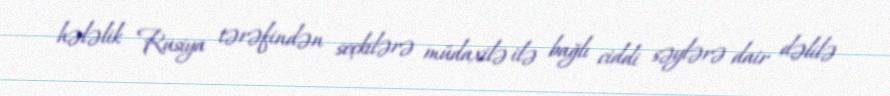
hələlik Rusiya tərəfindən seçkilərə müdaxilə ilə bağlı ciddi səylərə dair dəlilə